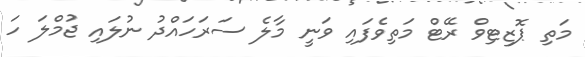
މަތި ޕޮޒިޓިވް ރޭޓް މަތިވެފައި ވަނީ މާލެ ސަރަހައްދު ނުލައި ޖުމްލަ ހަ